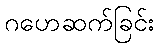
ဂဟေဆက်ခြင်း